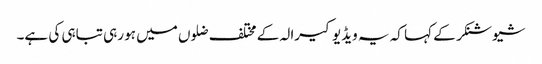
شیوشنکر کے کہا کہ یہ ویڈیو کیرالہ کے مختلف ضلوں میں ہو رہی تباہی کی ہے۔